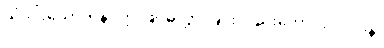
သုံးပါးသောကုနဝတ္တုဖြင့်မလွှားခြင်းလည်းကောင်း။ လပနံ၊